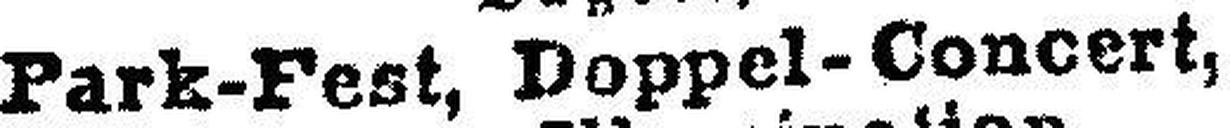
Park-Fest, Doppel-Concert,